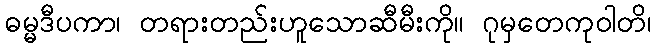
ဓမ္မဒီပကာ၊ တရားတည်းဟူသောဆီမီးကို။ ဂုမှတေကုဝါတိ၊